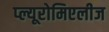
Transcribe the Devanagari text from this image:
प्ल्यूरोमिएलीज